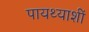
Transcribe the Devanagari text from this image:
पायथ्याशीं